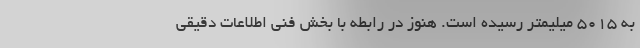
به 5015 میلیمتر رسیده است. هنوز در رابطه با بخش فنی اطلاعات دقیقی